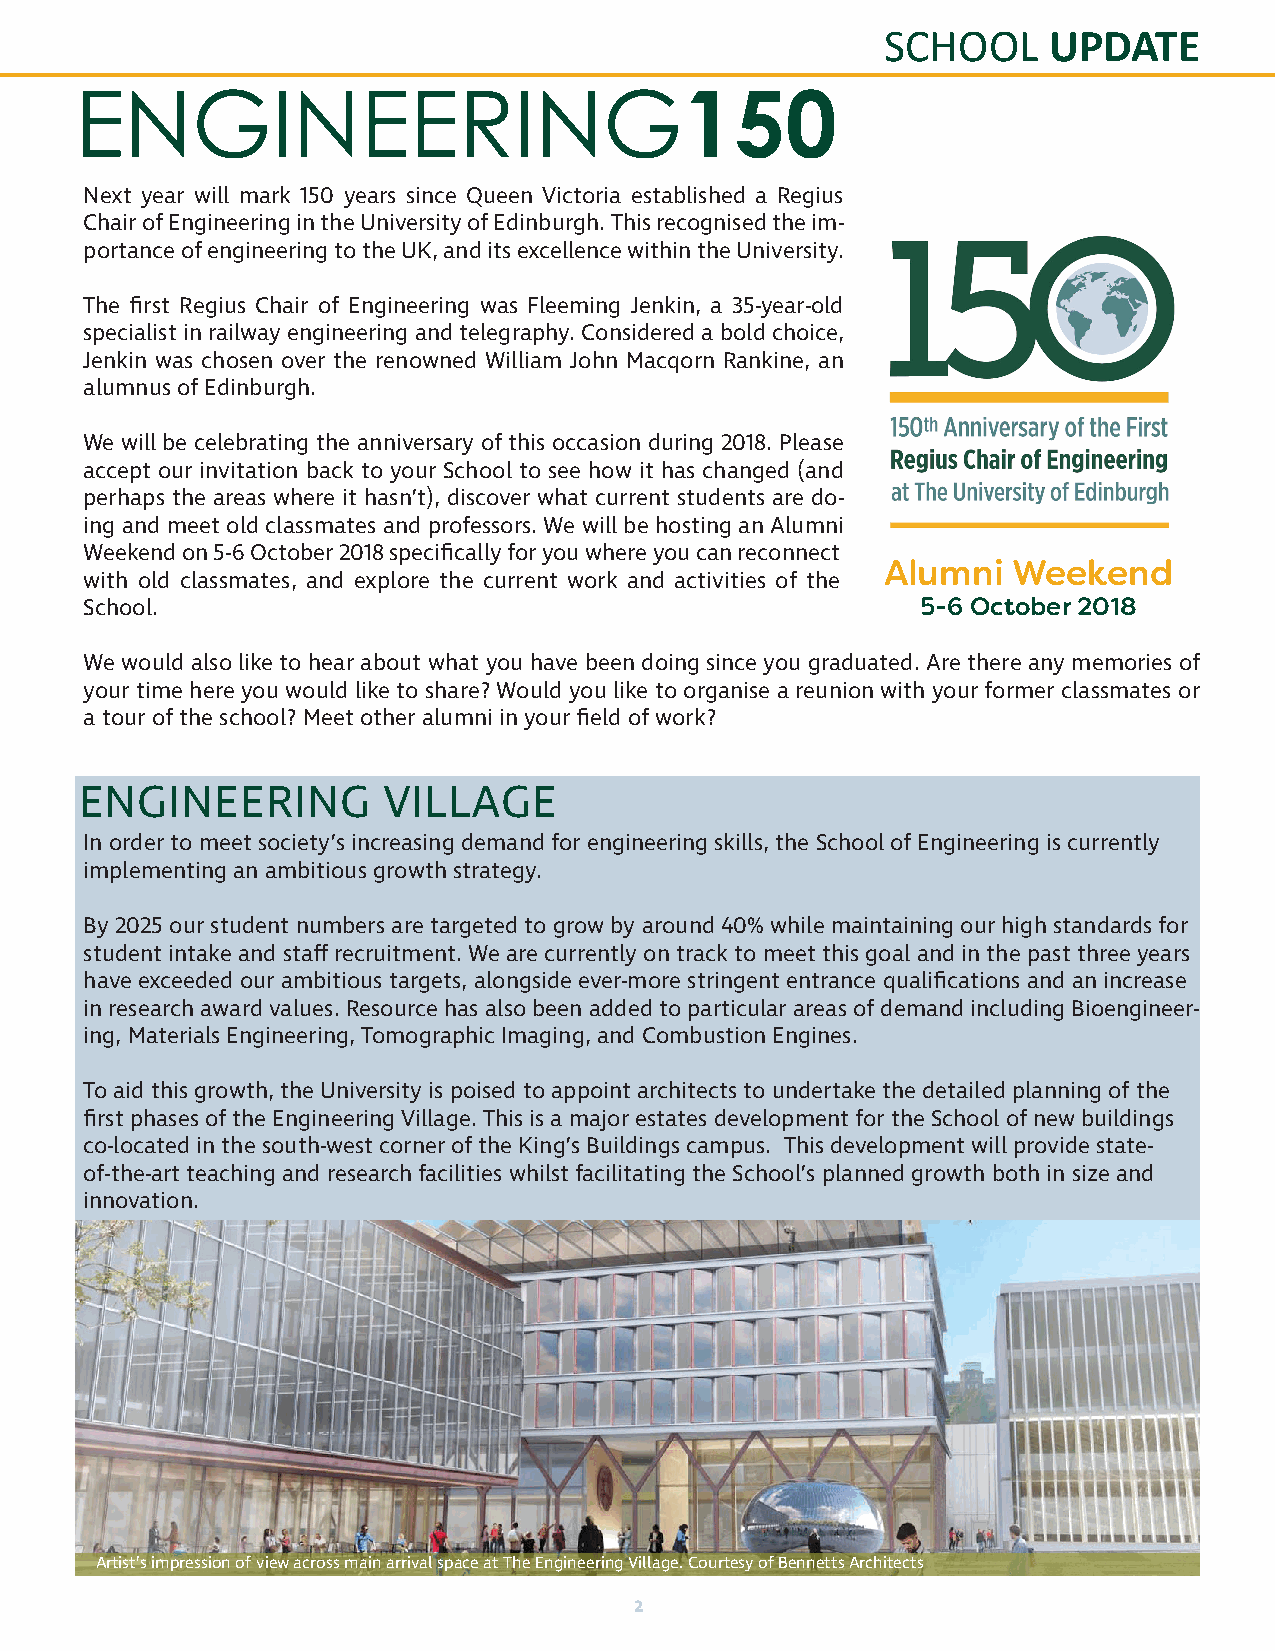
SCHOOL    UPDATE
 ENGINEERING150
 Next year will mark 150 years since Queen Victoria established a Regius
 Chair of Engineering in the University of Edinburgh. This recognised the im-
 portance of engineering to the UK, and its excellence within the University.
 The first Regius Chair of Engineering was Fleeming Jenkin, a 35-year-old
 specialist in railway engineering and telegraphy. Considered a bold choice,
 Jenkin was chosen over the renowned William John Macqorn Rankine, an
 alumnus of Edinburgh.
 We will be celebrating the anniversary of this occasion during 2018. Please
 accept our invitation back to your School to see how it has changed (and
 perhaps the areas where it hasn’t), discover what current students are do-
 ing and meet old classmates and professors. We will be hosting an Alumni
 Weekend on 5-6 October 2018 specifically for you where you can reconnect
 Alumni  Weekend
 with old classmates, and explore the current work and activities of the
 School.                                                5-6 October 2018
 We would also like to hear about what you have been doing since you graduated. Are there any memories of
 your time here you would like to share? Would you like to organise a reunion with your former classmates or
 a tour of the school? Meet other alumni in your field of work?
 ENGINEERING         VILLAGE
 In order to meet society’s increasing demand for engineering skills, the School of Engineering is currently
 implementing an ambitious growth strategy.
 By 2025 our student numbers are targeted to grow by around 40% while maintaining our high standards for
 student intake and staff recruitment. We are currently on track to meet this goal and in the past three years
 have exceeded our ambitious targets, alongside ever-more stringent entrance qualifications and an increase
 in research award values. Resource has also been added to particular areas of demand including Bioengineer-
 ing, Materials Engineering, Tomographic Imaging, and Combustion Engines.
 To aid this growth, the University is poised to appoint architects to undertake the detailed planning of the
 first phases of the Engineering Village. This is a major estates development for the School of new buildings
 co-located in the south-west corner of the King’s Buildings campus. This development will provide state-
 of-the-art teaching and research facilities whilst facilitating the School’s planned growth both in size and
 innovation.
 Artist’s impression of view across main arrival space at The Engineering Village. Courtesy of Bennetts Architects
 2